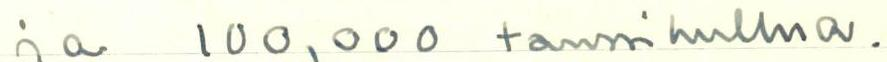
ja 100,000 tanssihullua.